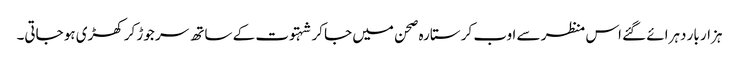
ہزار بار دہرائے گئے اس منظر سے اوب کر ستارہ صحن میں جا کر شہتوت کے ساتھ سر جوڑ کر کھڑی ہو جاتی۔